Papers set at the Examination for Leaving Certificates, 1895
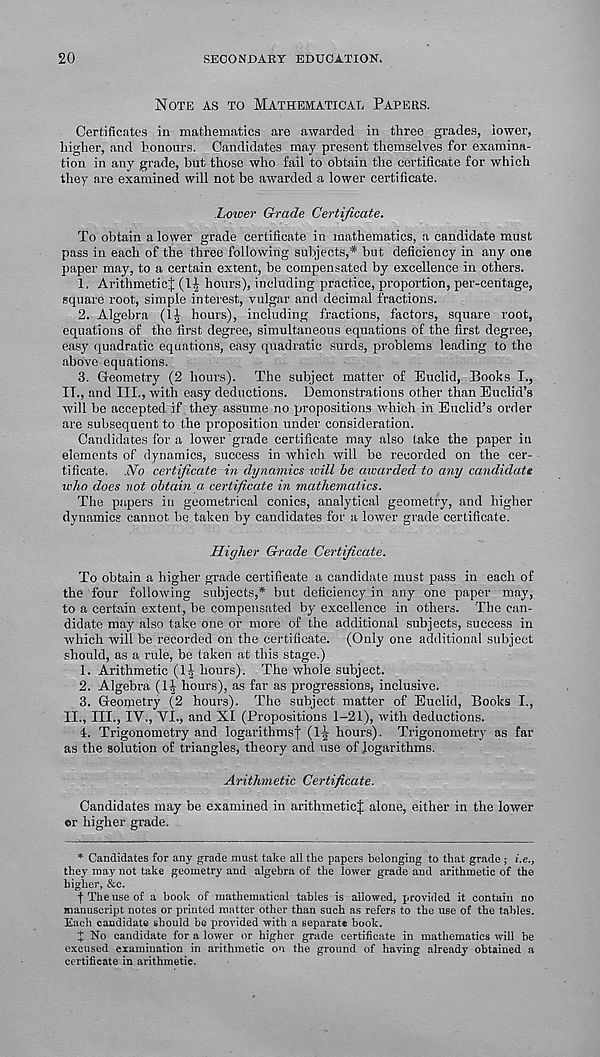
20
SECONDARY EDUCATION,
NOTE AS TO MATHEMATICAL PAPERS.
Certificates in mathematics are awarded in three grades, lower,
higher, and honours. Candidates may present themselves for examina-
tion in any grade, but those who fail to obtain the certificate for which
they are examined will not be awarded a lower certificate.
Lower Grade Certificate.
To obtain a lower grade certificate in mathematics, a candidate must
pass in each of the three following subjects,* but deficiency in any one
paper may, to a certain extent, be compensated by excellence in others.
1. Arithmetic^; (Ijj hours), including practice, proportion, per-centage,
square root, simple interest, vulgar and decimal fractions.
2. Algebra (1| hours), including fractions, factors, square root,
equations of the first degree, simultaneous equations of the first degree,
easy quadratic equations, easy quadratic surds, problems leading to the
above equations.
3. Geometry (2 hours). The subject matter of Euclid, Books I.,
IT., and III., with easy deductions. Demonstrations other than Euclid’s
will be accepted if they assume no propositions which in Euclid’s order
are subsequent to the proposition under consideration.
Candidates for a lower grade certificate may also take the paper in
elements of dynamics, success in which will be recorded on the cer-
tificate. No certificate in dynamics will be awarded to any candidate
who does not obtain a certificate in mathematics.
The papers in geometrical conics, analytical geometry, and higher
dynamics cannot be taken by candidates for a lower grade certificate.
Higher Grade Certificate.
To obtain a higher grade certificate a candidate must pass in each of
the four following subjects,* but deficiency in any one paper may,
to a certain extent, be compensated by excellence in others. The can-
didate may also take one or more of the additional subjects, success in
which will be recorded on the certificate. (Only one additional subject
should, as a rule, be taken at this stage.)
1. Arithmetic (1^ hours). The whole subject.
2. Algebra (11) hours), as far as progressions, inclusive.
3. Geometry (2 hours). The subject matter of Euclid, Books I.,
II., III., IV., VI., and XI (Propositions 1-21), with deductions.
4. Trigonometry and logarithms! (1-j hours). Trigonometry as far
as the solution of triangles, theory and use of logarithms.
Arithmetic Certificate.
Candidates may be examined in arithmetic! alone, either in the lower
©r higher grade.
* Candidates for any grade must take all the papers belonging to that grade ; i.e.,
they may not take geometry and algebra of the lower grade and arithmetic of the
higher, &c.
f The use of a book of mathematical tables is allowed, provided it contain no
manuscript notes or printed matter other than such as refers to the use of the tables.
Each candidate should be provided with a separate book.
I No candidate for a lower or higher grade certificate in mathematics will be
excused examination in arithmetic on the ground of having already obtained a
certificate in arithmetic.